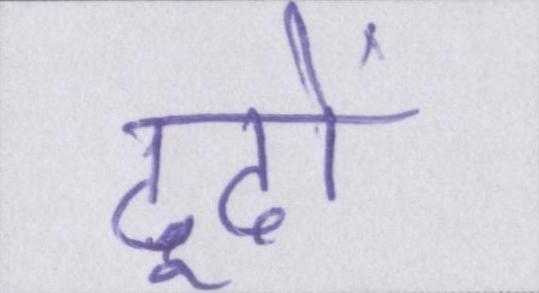
ढूढों